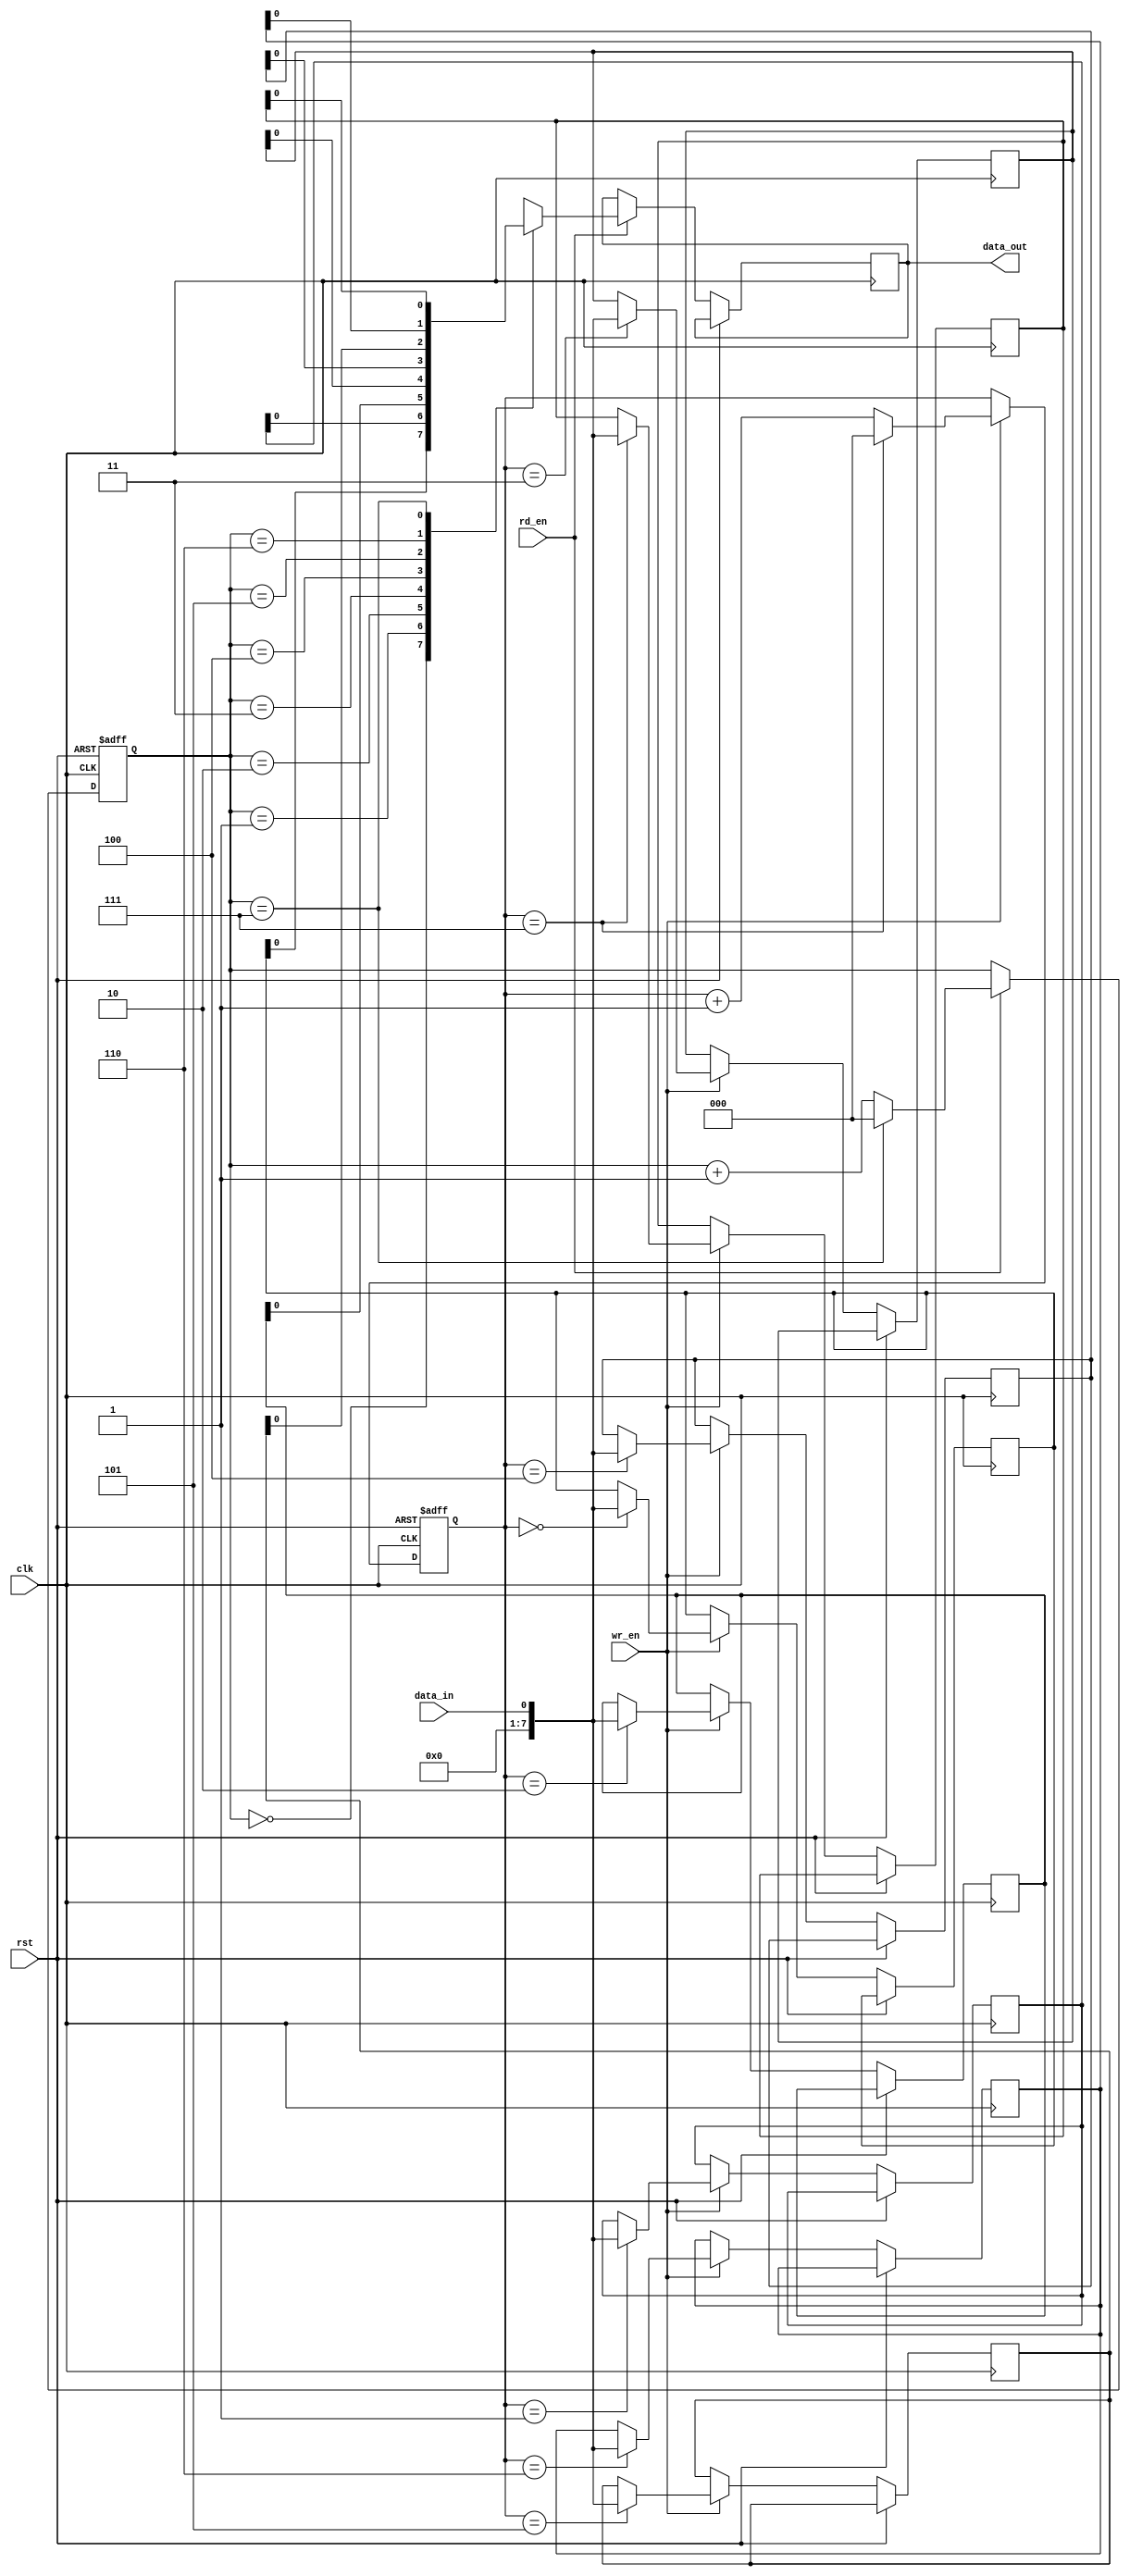
module bidirectional_fifo (
    input wire clk,
    input wire rst,
    input wire wr_en,
    input wire rd_en,
    input wire data_in,
    output reg data_out
);

parameter DEPTH = 8; // Depth of the FIFO

reg [7:0] mem [0:DEPTH-1]; // Memory to store data

reg [2:0] wr_ptr; // Write pointer
reg [2:0] rd_ptr; // Read pointer

always @(posedge clk or posedge rst) begin
    if (rst) begin
        wr_ptr <= 3'b000;
        rd_ptr <= 3'b000;
    end else begin
        if (wr_en) begin
            mem[wr_ptr] <= data_in;
            if (wr_ptr == DEPTH-1)
                wr_ptr <= 3'b000;
            else
                wr_ptr <= wr_ptr + 1;
        end

        if (rd_en) begin
            data_out <= mem[rd_ptr];
            if (rd_ptr == DEPTH-1)
                rd_ptr <= 3'b000;
            else
                rd_ptr <= rd_ptr + 1;
        end
    end
end

endmodule